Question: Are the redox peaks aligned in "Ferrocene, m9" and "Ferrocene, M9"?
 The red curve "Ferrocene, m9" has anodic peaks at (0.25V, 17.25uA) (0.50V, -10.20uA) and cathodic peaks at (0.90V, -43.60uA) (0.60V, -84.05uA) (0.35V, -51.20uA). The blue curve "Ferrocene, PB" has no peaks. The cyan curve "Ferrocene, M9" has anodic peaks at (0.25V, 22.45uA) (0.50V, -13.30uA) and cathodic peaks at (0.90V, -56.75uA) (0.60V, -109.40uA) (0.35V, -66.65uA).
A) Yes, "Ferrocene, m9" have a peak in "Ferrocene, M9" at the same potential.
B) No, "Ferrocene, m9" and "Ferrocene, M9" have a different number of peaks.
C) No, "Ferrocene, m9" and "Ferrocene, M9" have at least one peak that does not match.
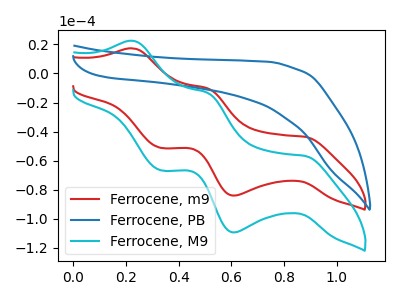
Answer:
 <answer>A) Yes, "Ferrocene, m9" have a peak in "Ferrocene, M9" at the same potential.</answer>
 <eval>A</eval>